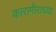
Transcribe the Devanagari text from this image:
कारागीराच्या